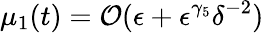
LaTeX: \mu_{1}(t)=\mathcal{O}(\epsilon+\epsilon^{\gamma_{5}}\delta^{-2})